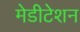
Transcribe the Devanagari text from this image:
मेडीटेशन